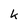
Character: k